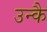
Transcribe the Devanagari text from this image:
उन्कै